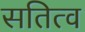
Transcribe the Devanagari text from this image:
सतित्व